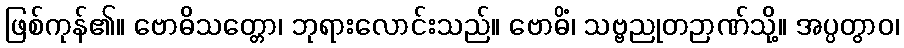
ဖြစ်ကုန်၏။ ဗောဓိသတ္တော၊ ဘုရားလောင်းသည်။ ဗောဓိံ၊ သဗ္ဗညုတဉာဏ်သို့။ အပ္ပတွာဝ၊